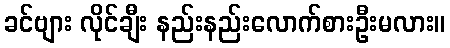
ခင်ဗျား လိုင်ချီး နည်းနည်းလောက်စားဦးမလား။